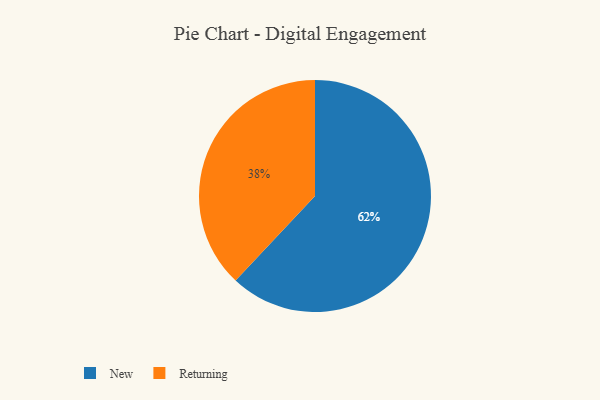
{"axis": {"x": "Category", "y": "Percentage"}, "legend": ["New", "Returning"], "data": [{"x": "New", "y": 62, "type": "New"}, {"x": "Returning", "y": 38, "type": "Returning"}]}